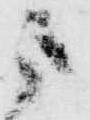
よ